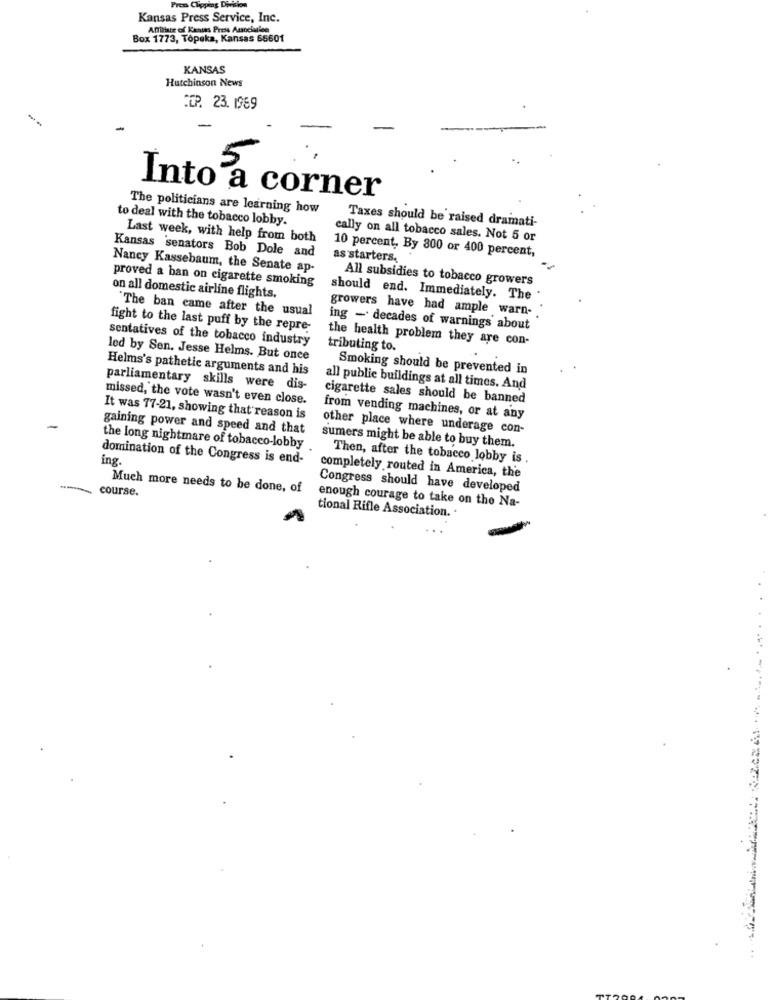
Frem Clipping D
Kansas Press Service, Inc.
Affiliate of Kansas Press Association
Box 1773, Topeka, Kansas 66601
KANSAS
Hutchinson News
COP. 23. 1969
Into a corner
The politicians are learning how
to deal with the tobacco lobby.
Taxes should be raised dramati-
Last week, with help from both
cally on all tobacco sales. Not 5 or
Kansas senators Bob Dole and
10 percent, By 800 or 400 percent,
as starters.
Nancy Kassebaum, the Senate ap-
proved a ban on cigarette smoking
All subsidies to tobacco growers
on all domestic airline flights.
should end. Immediately. The
"The ban came after the usual
growers have had ample warn- .
fight to the last puff by the repre-
ing - decades of warnings about
sentatives of the tobacco industry
the health problem they are con-
tributing to.
led by Sen. Jesse Helms. But once
Helms's pathetic arguments and his
Smoking should be prevented in
parliamentary skills were dis-
all public buildings at all times. And
missed, the vote wasn't even close.
cigarette sales should be banned
It was 77-21, showing that reason is
from vending machines, or at any
gaining power and speed and that
other place where underage con-
the long nightmare of tobacco-lobby
sumers might be able to buy them.
domination of the Congress is end-
ing.
Then, after the tobacco lobby is .
completely routed in America, the
course.
Much more needs to be done, of
Congress should have developed
enough courage to take on the Na-
tional Rifle Association.